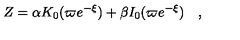
Z = \alpha K _ { 0 } ( \varpi e ^ { - \xi } ) + \beta I _ { 0 } ( \varpi e ^ { - \xi } ) \quad ,